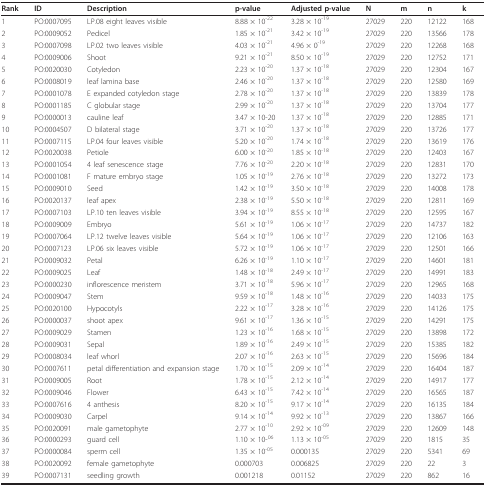
<table><thead><tr><td><b>Rank</b></td><td><b>ID</b></td><td><b>Description</b></td><td><b>p-value</b></td><td><b>Adjusted p-value</b></td><td><b>N</b></td><td><b>m</b></td><td><b>n</b></td><td><b>k</b></td></tr></thead><tbody><tr><td>1</td><td>PO:0007095</td><td>LP.08 eight leaves visible</td><td>8.88 × 10<sup>-22</sup></td><td>3.28 × 10<sup>-19</sup></td><td>27029</td><td>220</td><td>12122</td><td>168</td></tr><tr><td>2</td><td>PO:0009052</td><td>Pedicel</td><td>1.85 × 10<sup>-21</sup></td><td>3.42 × 10<sup>-19 </sup></td><td>27029</td><td>220</td><td>13566</td><td>178</td></tr><tr><td>3</td><td>PO:0007098</td><td>LP.02 two leaves visible</td><td>4.03 × 10<sup>-21</sup></td><td>4.96 × 0<sup>-19 </sup></td><td>27029</td><td>220</td><td>12268</td><td>168</td></tr><tr><td>4</td><td>PO:0009006</td><td>Shoot</td><td>9.21 × 10<sup>-21</sup></td><td>8.50 × 10<sup>-19 </sup></td><td>27029</td><td>220</td><td>12752</td><td>171</td></tr><tr><td>5</td><td>PO:0020030</td><td>Cotyledon</td><td>2.23 × 10<sup>-20</sup></td><td>1.37 × 10<sup>-18 </sup></td><td>27029</td><td>220</td><td>12304</td><td>167</td></tr><tr><td>6</td><td>PO:0008019</td><td>leaf lamina base</td><td>2.46 × 10<sup>-20</sup></td><td>1.37 × 10<sup>-18 </sup></td><td>27029</td><td>220</td><td>12580</td><td>169</td></tr><tr><td>7</td><td>PO:0001078</td><td>E expanded cotyledon stage</td><td>2.78 × 10<sup>-20</sup></td><td>1.37 × 10<sup>-18 </sup></td><td>27029</td><td>220</td><td>13839</td><td>178</td></tr><tr><td>8</td><td>PO:0001185</td><td>C globular stage</td><td>2.99 × 10<sup>-20</sup></td><td>1.37 × 10<sup>-18 </sup></td><td>27029</td><td>220</td><td>13704</td><td>177</td></tr><tr><td>9</td><td>PO:0000013</td><td>cauline leaf</td><td>3.47 × 10-20</td><td>1.37 × 10<sup>-18 </sup></td><td>27029</td><td>220</td><td>12885</td><td>171</td></tr><tr><td>10</td><td>PO:0004507</td><td>D bilateral stage</td><td>3.71 × 10<sup>-20</sup></td><td>1.37 × 10<sup>-18 </sup></td><td>27029</td><td>220</td><td>13726</td><td>177</td></tr><tr><td>11</td><td>PO:0007115</td><td>LP.04 four leaves visible</td><td>5.20 × 10<sup>-20 </sup></td><td>1.74 × 10<sup>-18</sup></td><td>27029</td><td>220</td><td>13619</td><td>176</td></tr><tr><td>12</td><td>PO:0020038</td><td>Petiole</td><td>6.00 × 10<sup>-20 </sup></td><td>1.85 × 10<sup>-18 </sup></td><td>27029</td><td>220</td><td>12403</td><td>167</td></tr><tr><td>13</td><td>PO:0001054</td><td>4 leaf senescence stage</td><td>7.76 × 10<sup>-20</sup></td><td>2.20 × 10<sup>-18 </sup></td><td>27029</td><td>220</td><td>12831</td><td>170</td></tr><tr><td>14</td><td>PO:0001081</td><td>F mature embryo stage</td><td>1.05 × 10<sup>-19 </sup></td><td>2.76 × 10<sup>-18</sup></td><td>27029</td><td>220</td><td>13272</td><td>173</td></tr><tr><td>15</td><td>PO:0009010</td><td>Seed</td><td>1.42 × 10<sup>-19</sup></td><td>3.50 × 10<sup>-18 </sup></td><td>27029</td><td>220</td><td>14008</td><td>178</td></tr><tr><td>16</td><td>PO:0020137</td><td>leaf apex</td><td>2.38 × 10<sup>-19 </sup></td><td>5.50 × 10<sup>-18 </sup></td><td>27029</td><td>220</td><td>12811</td><td>169</td></tr><tr><td>17</td><td>PO:0007103</td><td>LP.10 ten leaves visible</td><td>3.94 × 10<sup>-19 </sup></td><td>8.55 × 10<sup>-18 </sup></td><td>27029</td><td>220</td><td>12595</td><td>167</td></tr><tr><td>18</td><td>PO:0009009</td><td>Embryo</td><td>5.61 × 10<sup>-19 </sup></td><td>1.06 × 10<sup>-17 </sup></td><td>27029</td><td>220</td><td>14737</td><td>182</td></tr><tr><td>19</td><td>PO:0007064</td><td>LP.12 twelve leaves visible</td><td>5.64 × 10<sup>-19 </sup></td><td>1.06 × 10<sup>-17 </sup></td><td>27029</td><td>220</td><td>12106</td><td>163</td></tr><tr><td>20</td><td>PO:0007123</td><td>LP.06 six leaves visible</td><td>5.72 × 10<sup>-19 </sup></td><td>1.06 × 10<sup>-17 </sup></td><td>27029</td><td>220</td><td>12501</td><td>166</td></tr><tr><td>21</td><td>PO:0009032</td><td>Petal</td><td>6.26 × 10<sup>-19</sup></td><td>1.10 × 10<sup>-17 </sup></td><td>27029</td><td>220</td><td>14601</td><td>181</td></tr><tr><td>22</td><td>PO:0009025</td><td>Leaf</td><td>1.48 × 10<sup>-18 </sup></td><td>2.49 × 10<sup>-17 </sup></td><td>27029</td><td>220</td><td>14991</td><td>183</td></tr><tr><td>23</td><td>PO:0000230</td><td>inflorescence meristem</td><td>3.71 × 10<sup>-18 </sup></td><td>5.96 × 10<sup>-17 </sup></td><td>27029</td><td>220</td><td>12965</td><td>168</td></tr><tr><td>24</td><td>PO:0009047</td><td>Stem</td><td>9.59 × 10<sup>-18 </sup></td><td>1.48 × 10<sup>-16 </sup></td><td>27029</td><td>220</td><td>14033</td><td>175</td></tr><tr><td>25</td><td>PO:0020100</td><td>Hypocotyls</td><td>2.22 × 10<sup>-17</sup></td><td>3.28 × 10<sup>-16</sup></td><td>27029</td><td>220</td><td>14126</td><td>175</td></tr><tr><td>26</td><td>PO:0000037</td><td>shoot apex</td><td>9.61 × 10<sup>-17</sup></td><td>1.36 × 10<sup>-15</sup></td><td>27029</td><td>220</td><td>14291</td><td>175</td></tr><tr><td>27</td><td>PO:0009029</td><td>Stamen</td><td>1.23 × 10<sup>-16</sup></td><td>1.68 × 10<sup>-15</sup></td><td>27029</td><td>220</td><td>13898</td><td>172</td></tr><tr><td>28</td><td>PO:0009031</td><td>Sepal</td><td>1.89 × 10<sup>-16</sup></td><td>2.49 × 10<sup>-15</sup></td><td>27029</td><td>220</td><td>15385</td><td>182</td></tr><tr><td>29</td><td>PO:0008034</td><td>leaf whorl</td><td>2.07 × 10<sup>-16</sup></td><td>2.63 × 10<sup>-15</sup></td><td>27029</td><td>220</td><td>15696</td><td>184</td></tr><tr><td>30</td><td>PO:0007611</td><td>petal differentiation and expansion stage</td><td>1.70 × 10<sup>-15</sup></td><td>2.09 × 10<sup>-14</sup></td><td>27029</td><td>220</td><td>16404</td><td>187</td></tr><tr><td>31</td><td>PO:0009005</td><td>Root</td><td>1.78 × 10<sup>-15</sup></td><td>2.12 × 10<sup>-14</sup></td><td>27029</td><td>220</td><td>14917</td><td>177</td></tr><tr><td>32</td><td>PO:0009046</td><td>Flower</td><td>6.43 × 10<sup>-15</sup></td><td>7.42 × 10<sup>-14</sup></td><td>27029</td><td>220</td><td>16565</td><td>187</td></tr><tr><td>33</td><td>PO:0007616</td><td>4 anthesis</td><td>8.20 × 10<sup>-15</sup></td><td>9.17 × 10<sup>-14</sup></td><td>27029</td><td>220</td><td>16135</td><td>184</td></tr><tr><td>34</td><td>PO:0009030</td><td>Carpel</td><td>9.14 × 10<sup>-14</sup></td><td>9.92 × 10<sup>-13</sup></td><td>27029</td><td>220</td><td>13867</td><td>166</td></tr><tr><td>35</td><td>PO:0020091</td><td>male gametophyte</td><td>2.77 × 10<sup>-10</sup></td><td>2.92 × 10<sup>-09</sup></td><td>27029</td><td>220</td><td>12609</td><td>148</td></tr><tr><td>36</td><td>PO:0000293</td><td>guard cell</td><td>1.10 × 10-<sup>06</sup></td><td>1.13 × 10<sup>-05</sup></td><td>27029</td><td>220</td><td>1815</td><td>35</td></tr><tr><td>37</td><td>PO:0000084</td><td>sperm cell</td><td>1.35 × 10<sup>-05</sup></td><td>0.000135</td><td>27029</td><td>220</td><td>5341</td><td>69</td></tr><tr><td>38</td><td>PO:0020092</td><td>female gametophyte</td><td>0.000703</td><td>0.006825</td><td>27029</td><td>220</td><td>22</td><td>3</td></tr><tr><td>39</td><td>PO:0007131</td><td>seedling growth</td><td>0.001218</td><td>0.01152</td><td>27029</td><td>220</td><td>862</td><td>16</td></tr></tbody></table>